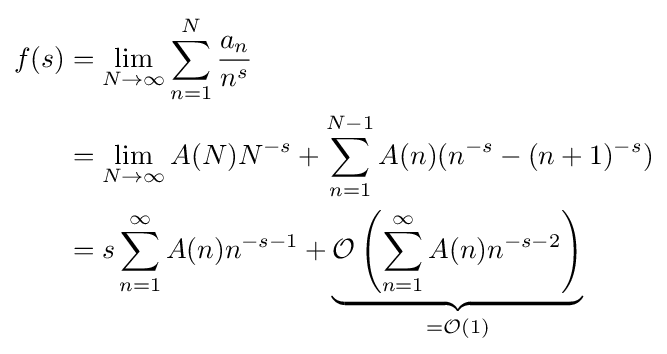
{\begin{aligned}f(s)&=\lim _{N\to \infty }\sum _{n=1}^{N}{\frac {a_{n}}{n^{s}}}\\&=\lim _{N\to \infty }A(N)N^{-s}+\sum _{n=1}^{N-1}A(n)(n^{-s}-(n+1)^{-s})\\&=s\sum _{n=1}^{\infty }A(n)n^{-s-1}+\underbrace {{\mathcal {O}}\left(\sum _{n=1}^{\infty }A(n)n^{-s-2}\right)} _{={\mathcal {O}}(1)}\end{aligned}}